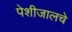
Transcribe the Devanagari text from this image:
पेशीजालचे